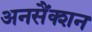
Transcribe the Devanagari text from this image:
अनसैंक्शन